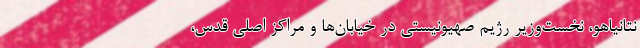
نتانیاهو، نخست‌وزیر رژیم صهیونیستی در خیابان‌ها و مراکز اصلی قدس،